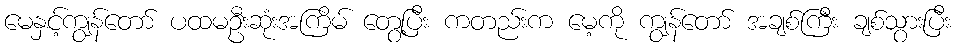
မေနှင့်ကျွန်တော် ပထမဦးဆုံးအကြိမ် တွေ့ပြီး ကတည်းက မေ့ကို ကျွန်တော် အချစ်ကြီး ချစ်သွားပြီး